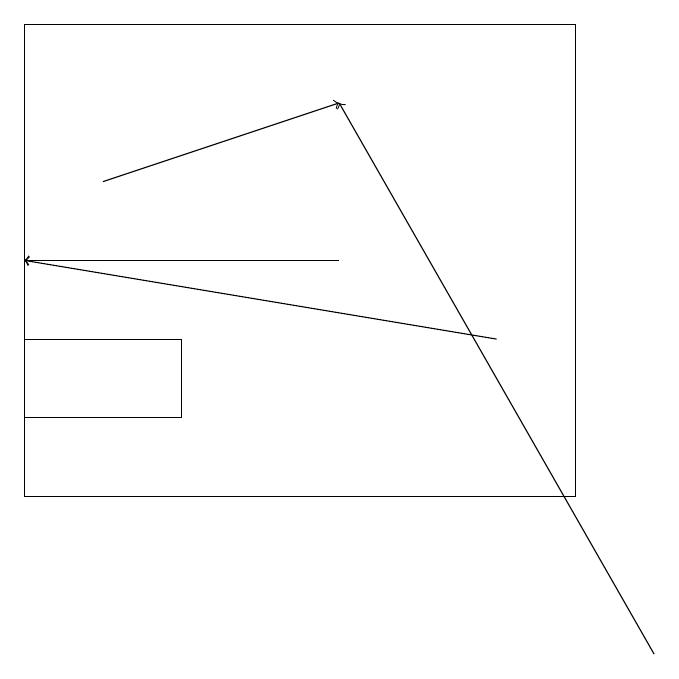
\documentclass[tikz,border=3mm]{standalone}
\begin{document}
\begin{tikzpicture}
\draw (1,19) rectangle (8,13);
\draw[->] (5,16) -- (1,16);
\draw[->] (2,17) -- (5,18);
\draw (3,15) rectangle (1,14);
\draw[->] (7,15) -- (1,16);
\draw[->] (9,11) -- (5,18);
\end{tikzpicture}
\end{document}